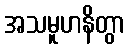
အသမူဟနိတွာ